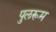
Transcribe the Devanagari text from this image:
पुलरूम